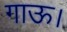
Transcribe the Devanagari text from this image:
गाऊ।